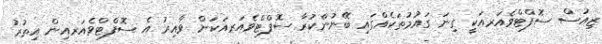
ޒިއުސް ސޮފްޓްވެއަރއަކީ ގިނަ ގައުމުތަކެއްގައި ބޭނުންކުރާ ސޮފްޓްވެއަރއަކަށް ވާއިރު އެ ސޮފްޓްވެއަރއިން އިތުރު